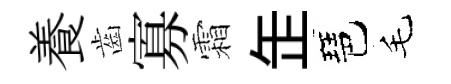
養齒寡霜𦈢琶毛